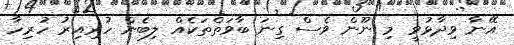
އޭނާ ވިދާޅުވީ މި ނޫން ވެސް ގިނަ ބާވަތްތަކެއް ލިބެން ހުރިއިރު ހުރިހާ